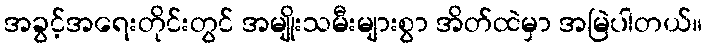
အခွင့်အရေးတိုင်းတွင် အမျိုးသမီးများစွာ အိတ်ထဲမှာ အမြဲပါတယ်။